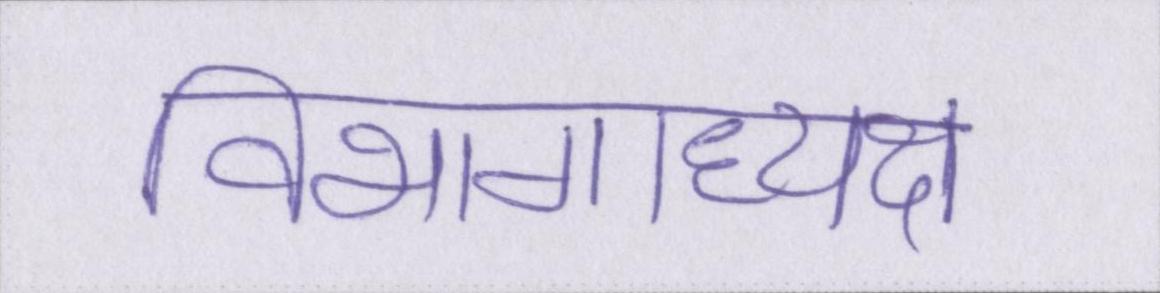
विभागाध्यक्ष